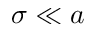
\sigma \ll a